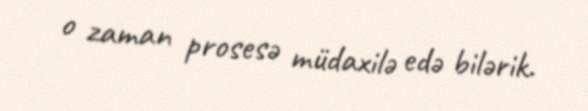
o zaman prosesə müdaxilə edə bilərik.